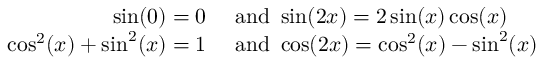
\begin{array} { r l } { \sin ( 0 ) = 0 } & { { } { \mathrm { ~ a n d ~ } } \sin ( 2 x ) = 2 \sin ( x ) \cos ( x ) } \\ { \cos ^ { 2 } ( x ) + \sin ^ { 2 } ( x ) = 1 } & { { } { \mathrm { ~ a n d ~ } } \cos ( 2 x ) = \cos ^ { 2 } ( x ) - \sin ^ { 2 } ( x ) } \end{array}